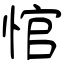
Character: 悺